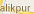
alikpur